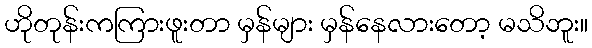
ဟိုတုန်းကကြားဖူးတာ မှန်များ မှန်နေလားတော့ မသိဘူး။